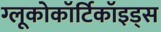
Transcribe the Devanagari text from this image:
ग्लूकोकॉर्टिकॉइड्स